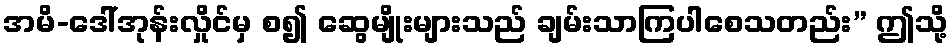
အမိ-ဒေါ်အုန်းလှိုင်မှ စ၍ ဆွေမျိုးများသည် ချမ်းသာကြပါစေသတည်း” ဤသို့